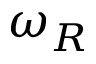
\omega _ { R }